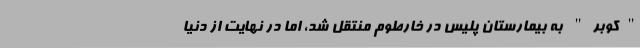
"کوبر" به بیمارستان پلیس در خارطوم منتقل شد، اما در نهایت از دنیا